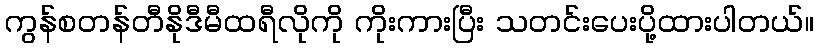
ကွန်စတန်တီနိုဒီမီထရီလိုကို ကိုးကားပြီး သတင်းပေးပို့ထားပါတယ်။